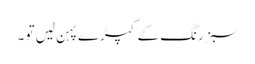
سبز رنگ کے کپڑے پہن لیں تو ۔